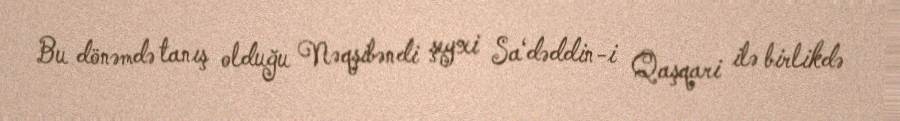
Bu dönəmdə tanış olduğu Nəqşibəndi şeyxi Sa‘dəddin-i Qaşqari ilə birlikdə